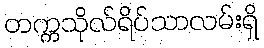
တက္ကသိုလ်ရိပ်သာလမ်းရှိ